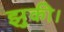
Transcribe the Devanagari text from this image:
झुकी।